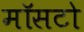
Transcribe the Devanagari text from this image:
मॉसटो